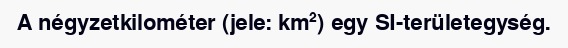
A négyzetkilométer (jele: km²) egy SI-területegység.